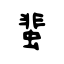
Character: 蜚